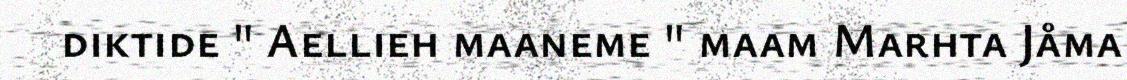
diktide " Aellieh maaneme " maam Marhta Jåma